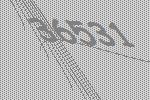
36531